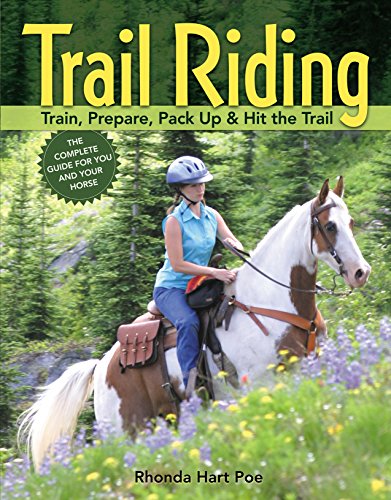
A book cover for Trail Riding: Train, Prepare, Pack Up & Hit the Trail; Rhonda Massingham Hart; Travel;